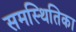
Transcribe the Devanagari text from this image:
समस्थितिका